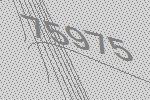
75975